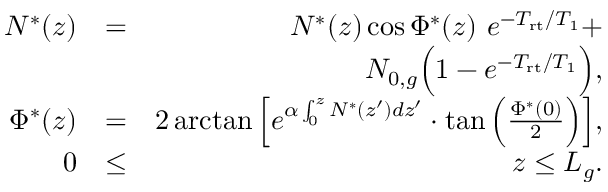
\begin{array} { r l r } { N ^ { * } ( z ) } & { = } & { N ^ { * } ( z ) \cos \Phi ^ { * } ( z ) \ e ^ { - T _ { \mathrm { r t } } / T _ { 1 } } + } \\ & { } & { N _ { 0 , g } \Big ( 1 - e ^ { - T _ { \mathrm { r t } } / T _ { 1 } } \Big ) , } \\ { \Phi ^ { * } ( z ) } & { = } & { 2 \arctan \Big [ e ^ { \alpha \int _ { 0 } ^ { z } N ^ { * } ( z ^ { \prime } ) d z ^ { \prime } } \cdot \tan \Big ( \frac { \Phi ^ { * } ( 0 ) } { 2 } \Big ) \Big ] , } \\ { 0 } & { \le } & { z \le L _ { g } . } \end{array}